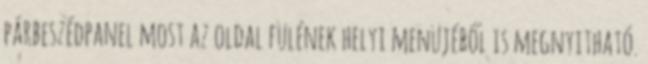
párbeszédpanel most az oldal fülének helyi menüjéből is megnyitható.